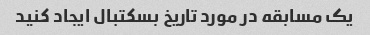
یک مسابقه در مورد تاریخ بسکتبال ایجاد کنید